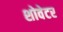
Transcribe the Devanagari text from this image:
शोवेटर